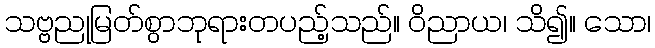
သဗ္ဗညုမြတ်စွာဘုရားတပည့်သည်။ ဝိညာယ၊ သိ၍။ သော၊